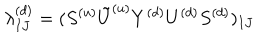
\lambda _ { I J } ^ { ( d ) } = ( S ^ { ( u ) } { \tilde { U } ^ { ( u ) } } Y ^ { ( d ) } U ^ { ( d ) } S ^ { ( d ) } ) _ { I J }